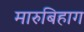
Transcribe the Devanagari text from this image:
मारुबिहाग